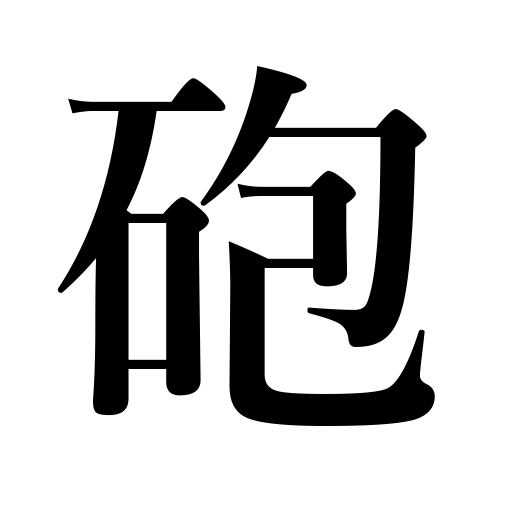
Meanings: battery,artillery,ordnance,cannon,gun,gunnery